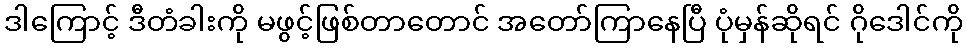
ဒါကြောင့် ဒီတံခါးကို မဖွင့်ဖြစ်တာတောင် အတော်ကြာနေပြီ ပုံမှန်ဆိုရင် ဂိုဒေါင်ကို